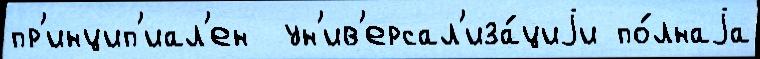
пр'инцип'иал'ен  ун'ив'ерсал'иза́циjи по́лнаjа